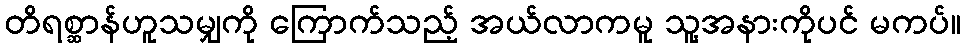
တိရစ္ဆာန်ဟူသမျှကို ကြောက်သည့် အယ်လာကမူ သူ့အနားကိုပင် မကပ်။